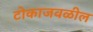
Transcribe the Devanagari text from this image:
टोकाजवळील